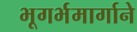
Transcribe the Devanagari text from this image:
भूगर्भमार्गाने